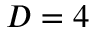
D = 4